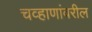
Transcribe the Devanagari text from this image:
चव्हाणांवरील